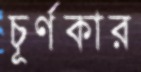
চূর্ণকার